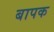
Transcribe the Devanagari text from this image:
बापक